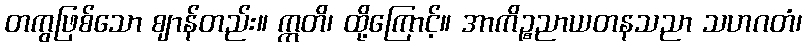
တကွဖြစ်သော ဈာန်တည်း။ ဣတိ၊ ထို့ကြောင့်။ အာကိဉ္စညာယတနသညာ သဟဂတံ၊